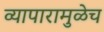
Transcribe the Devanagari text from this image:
व्यापारामुळेच